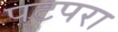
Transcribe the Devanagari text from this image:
पटपरा